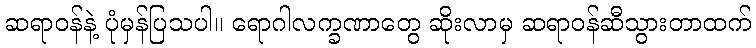
ဆရာဝန်နဲ့ ပုံမှန်ပြသပါ။ ရောဂါလက္ခဏာတွေ ဆိုးလာမှ ဆရာဝန်ဆီသွားတာထက်